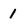
Character: 1